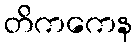
တိကကေန